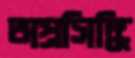
অপ্রসিদ্ধি